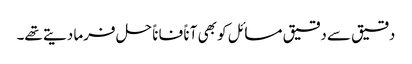
دقیق سے دقیق مسائل کو بھی آناً فاناً حل فرما دیتے تھے۔